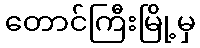
တောင်ကြီးမြို့မှ